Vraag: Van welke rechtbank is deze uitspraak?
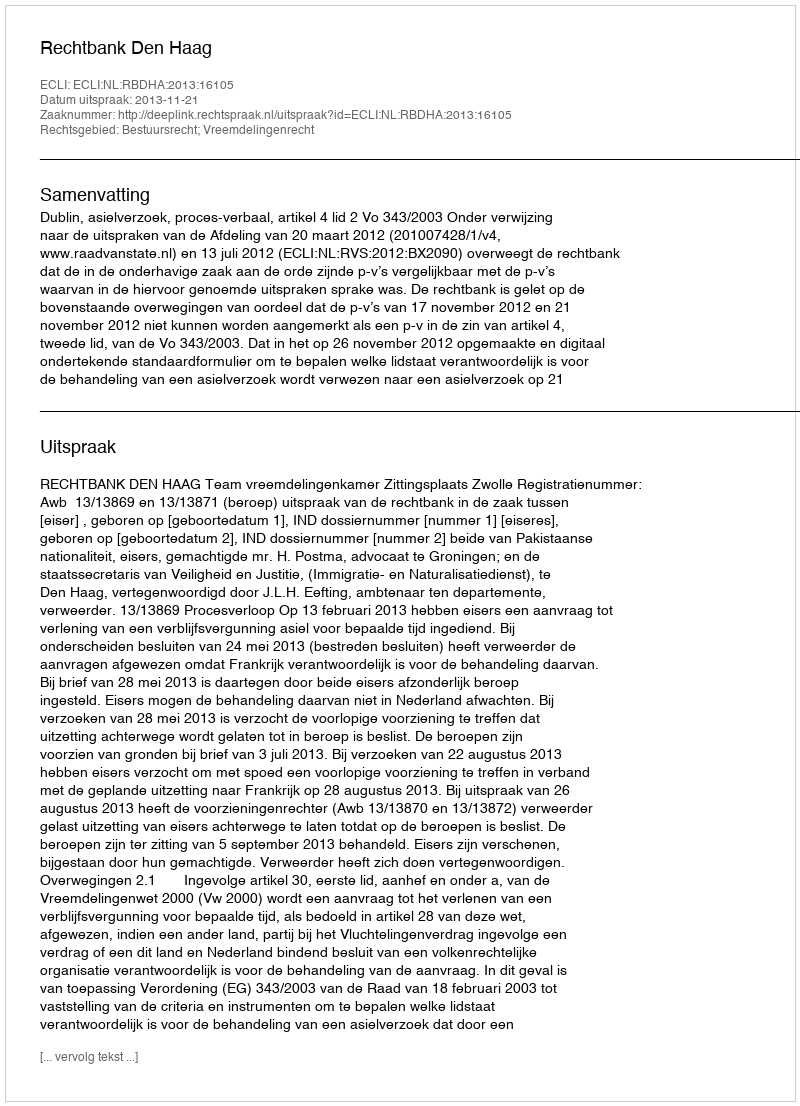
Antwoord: Rechtbank Den Haag